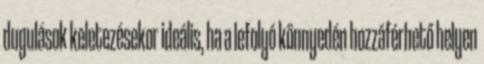
dugulások keletezésekor ideális, ha a lefolyó könnyedén hozzáférhető helyen